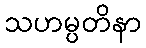
သဟမ္ပတိနာ